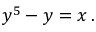
y ^ { 5 } - y = x \, .